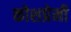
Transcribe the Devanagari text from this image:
कोशप्रेमी